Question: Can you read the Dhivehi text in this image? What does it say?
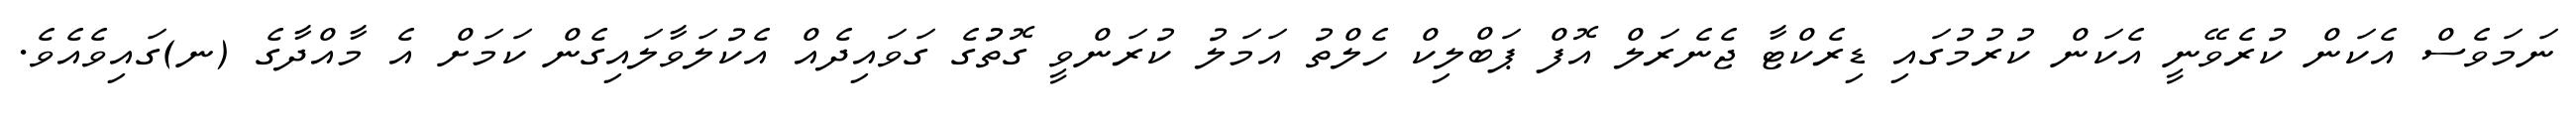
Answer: ނަމަވެސް އެކަން ކުރެވޭނީ އެކަން ކުރުމުގައި ޑިރެކްޓާ ޖެނެރަލް އޮފް ޕަބްލިކް ހެލްތު އަމަލު ކުރަންވީ ގޮތުުގެ ގަވައިދެއް އެކުލަވާލައިގެން ކަމަށް އެ މާއްދާގެ (ނ)ގައިވެއެވެ.